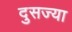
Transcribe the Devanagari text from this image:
दुसज्या